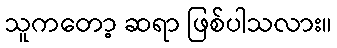
သူကတော့ ဆရာ ဖြစ်ပါသလား။